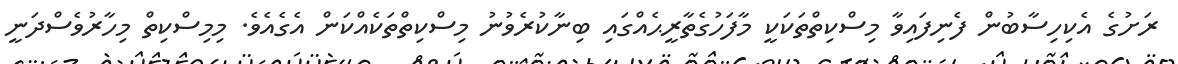
ރަށުގެ އެކިހިސާބުން ފެނިފައިވާ މިސްކިތްތަކަކީ މާފަހުގެތާރީޙެއްގައި ބިނާކުރެވުނު މިސްކިތްތަކެއްކަން އެގެއެވެ. މިމިސްކިތް މިހާރުވެސްދަނީ